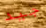
جيد